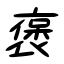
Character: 褒